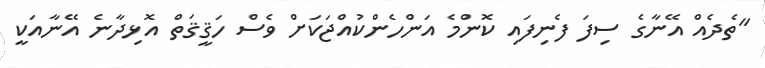
"ތެދެއް އޭނާގެ ސިފަ ފެނިފައި ކޮންމެ އަންހެންކުއްޖަކަށް ވެސް ހަޤީޤަތް އޮޅިދާނެ އޭނާއަކީ